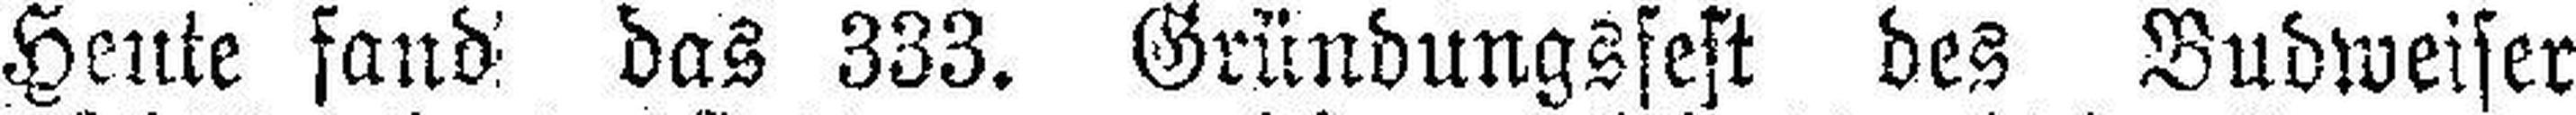
Heute fand das 333. Gründungsfest des Budweiser